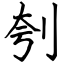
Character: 刳